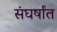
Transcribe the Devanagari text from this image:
संघर्षांत